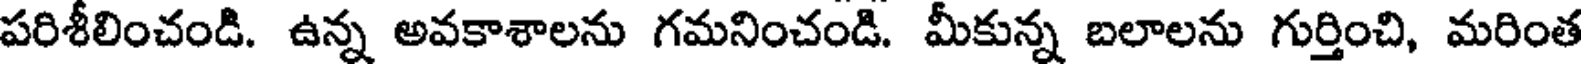
పరిశీలించండి. ఉన్న అవకాశాలను గమనించండి. మీకున్న బలాలను గుర్తించి, మరింత